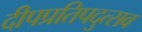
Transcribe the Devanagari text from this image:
दीपप्रतिपदुत्सव